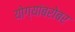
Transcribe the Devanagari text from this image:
योग्यांबरोबर